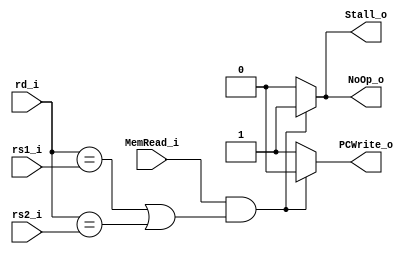
module Hazard_Detection
(
    MemRead_i,
    rd_i,
    rs1_i,
    rs2_i,
    NoOp_o,
    PCWrite_o,
    Stall_o
);
input MemRead_i;
input [4:0] rd_i, rs1_i, rs2_i;
output NoOp_o, PCWrite_o, Stall_o;

assign NoOp_o = (MemRead_i & ((rd_i == rs1_i) || (rd_i == rs2_i))) ? 1'b1 : 1'b0;
assign PCWrite_o = (MemRead_i & ((rd_i == rs1_i) || (rd_i == rs2_i))) ? 1'b0 : 1'b1;
assign Stall_o = (MemRead_i & ((rd_i == rs1_i) || (rd_i == rs2_i))) ? 1'b1 : 1'b0;

endmodule